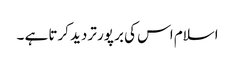
اسلام اس کی بر پور تردید کرتا ہے ۔